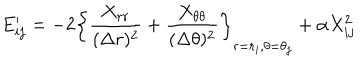
E _ { i j } ^ { \prime } = - 2 \left\{ \frac { X _ { r r } } { ( \Delta r ) ^ { 2 } } + \frac { X _ { \theta \theta } } { ( \Delta \theta ) ^ { 2 } } \right\} _ { r = r _ { i } , \theta = \theta _ { j } } + \alpha X _ { i j } ^ { 2 }